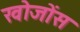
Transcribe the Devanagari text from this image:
खोजोंस